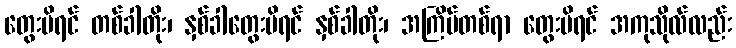
တွေးမိရင် တစ်ခါတိုး၊ နှစ်ခါတွေးမိရင် နှစ်ခါတိုး၊ အကြိမ်တစ်ရာ တွေးမိရင် အကုသိုလ်လည်း